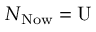
N _ { \mathrm { N o w } } = \mathrm { U }